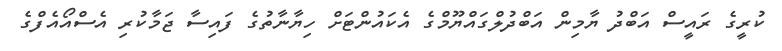
ކުރީގެ ރައީސް އަބްދު ޔާމިން އަބްދުލްގައްޔޫމްގެ އެކައުންޓަށް ހިޔާނާތުގެ ފައިސާ ޖަމާކުރި އެސްއޯއެފްގެ